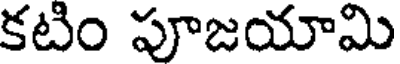
కటిం పూజయామి